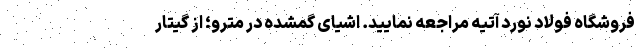
فروشگاه فولاد نورد آتیه مراجعه نمایید. اشیای گمشده در مترو؛ از گیتار